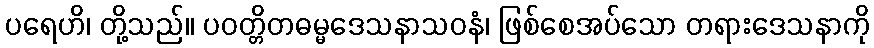
ပရေဟိ၊ တို့သည်။ ပဝတ္တိတဓမ္မဒေသနာသဝနံ၊ ဖြစ်စေအပ်သော တရားဒေသနာကို